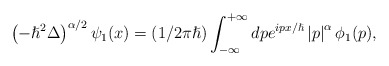
\begin{align*}\left( -\hslash^{2}\Delta\right) ^{\alpha/2}\psi_{1}(x)=(1/2\pi\hslash)\int_{-\infty}^{+\infty}dpe^{ipx/\hslash}\left\vert p\right\vert ^{\alpha}\phi_{1}(p),\end{align*}